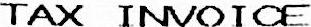
TAX INVOICE